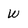
Character: W